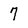
Character: 7